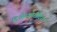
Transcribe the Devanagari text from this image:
दिओस्कोरीदिस